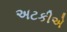
અટકીએ